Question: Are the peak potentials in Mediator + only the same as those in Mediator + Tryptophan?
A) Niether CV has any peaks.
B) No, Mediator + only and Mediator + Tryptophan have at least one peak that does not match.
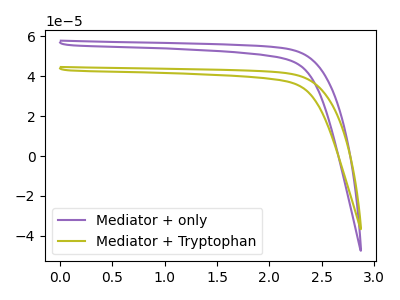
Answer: <think>The purple curve "Mediator + only" has no peaks. The olive curve "Mediator + Tryptophan" has no peaks.</think>
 <answer>A) Niether CV has any peaks.</answer>
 <eval>A</eval>